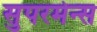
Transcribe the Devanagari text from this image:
सुपरमेन्स